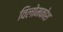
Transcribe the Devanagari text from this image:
विलोमकोश